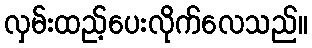
လှမ်းထည့်ပေးလိုက်လေသည်။